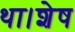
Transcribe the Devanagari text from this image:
था।शेष